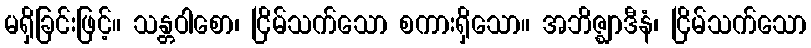
မရှိခြင်းဖြင့်။ သန္တဝါစော၊ ငြိမ်သက်သော စကားရှိသော။ အဘိဇ္ဈာဒီနံ၊ ငြိမ်သက်သော